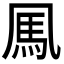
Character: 𩡫